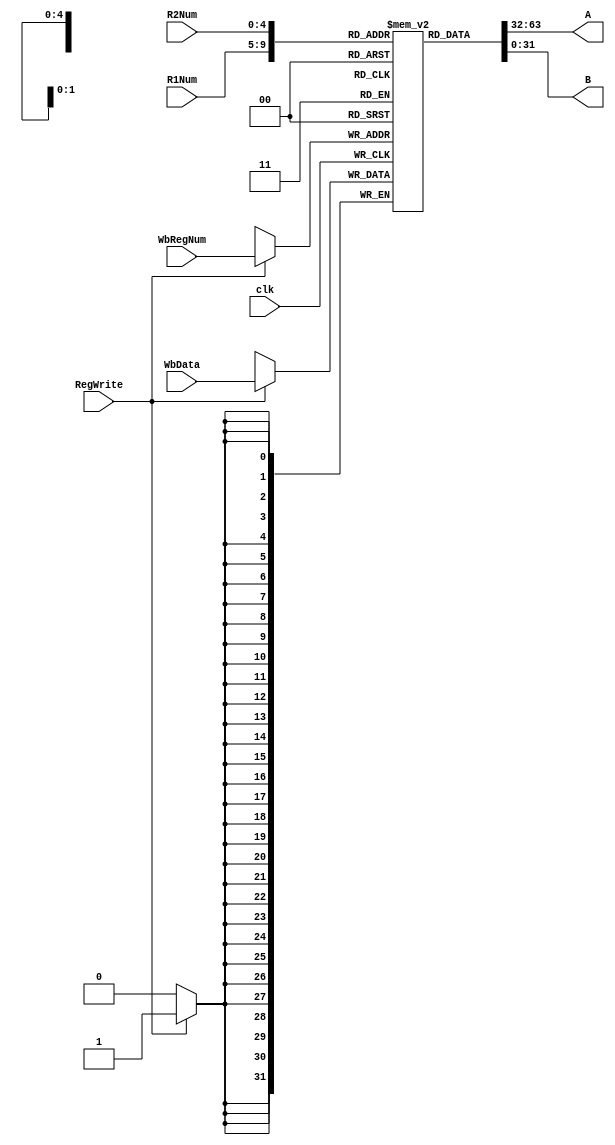
`timescale 1ns / 1ps


module REGFILE(
	input [31:0] WbData, 
	input clk, 
	input RegWrite, 
	input [4:0]WbRegNum, 
	input [4:0]R1Num, 
	input [4:0]R2Num,

	output [31:0]A, 
	output [31:0]B
);
	reg [31:0] mem[31:0];
	integer i;
	initial begin
		for(i=0;i<32;i=i+1)
			mem[i] <= 0;
	end
	
	always @ (posedge clk) begin
		if (RegWrite)
			mem[WbRegNum] <= WbData;
	end
	assign A=mem[R1Num];
    assign B=mem[R2Num];
endmodule